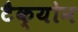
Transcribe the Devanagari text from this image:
टैक्योन